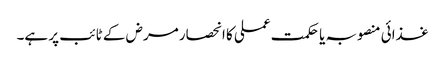
غذائی منصوبہ یا حکمت عملی کا انحصار مرض کے ٹائب پر ہے۔